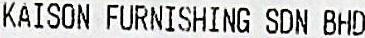
KAISON FURNISHING SDN BHD